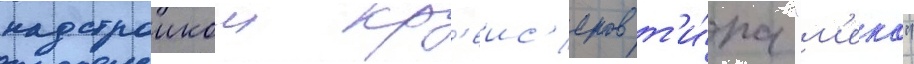
надстроикои кр'еис'еров т'и́па "м'еко"